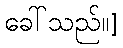
ခေါ်သည်။]